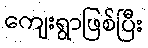
ကျေးရွာဖြစ်ပြီး